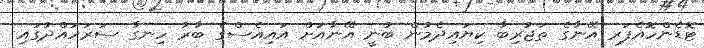
ޓޮޑެންހޮއެފަރ އޭނާގެ ތަޖުރިބާ ކިޔައިދެމުން ބުނީ އޭނާއަށް އައިއެސްގެ ބާރު ހިނގާ ސަރަހައްދުގައި